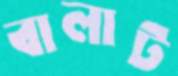
বালাট